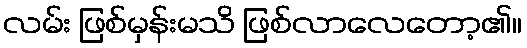
လမ်း ဖြစ်မှန်းမသိ ဖြစ်လာလေတော့၏။